Lunatic asylums Burma 1907-21 - 1907-1921
Year: 1907
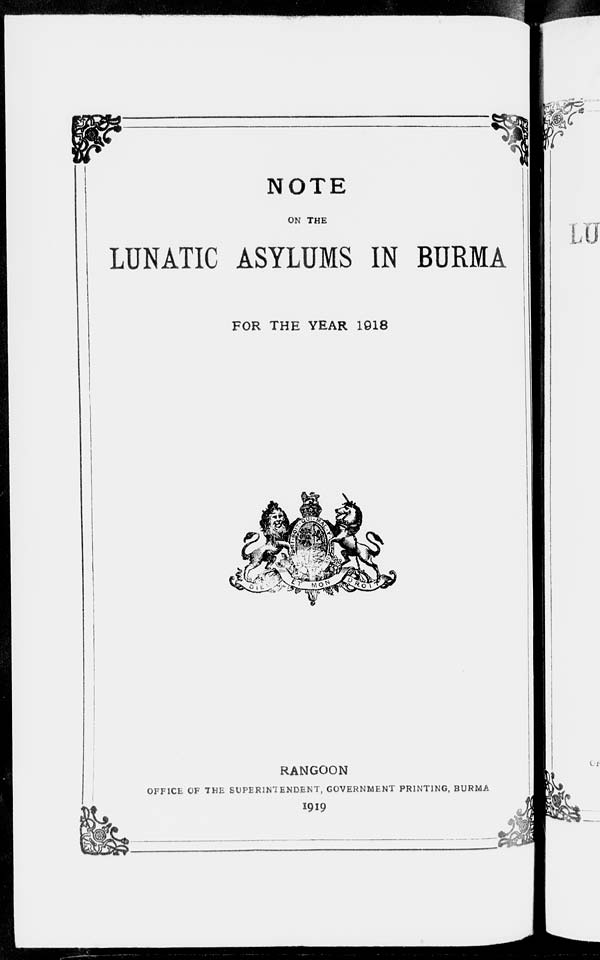
NOTE
ON THE
LUNATIC ASYLUMS IN BURMA
FOR THE YEAR 1918
RANGOON
OFFICE OF THE SUPERINTENDENT, GOVERNMENT PRINTING, BURMA
1919